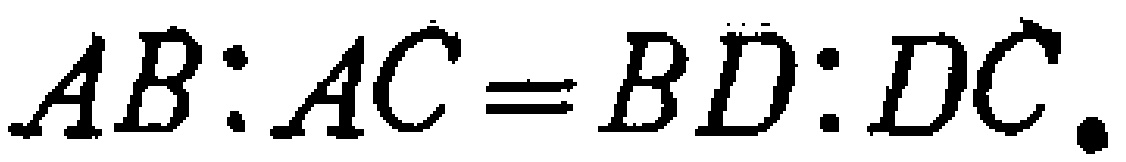
$AB:AC = BD:DC.$